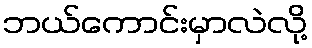
ဘယ်ကောင်းမှာလဲလို့